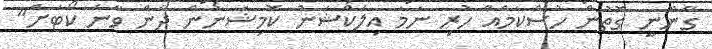
ގާނޫނީ ގޮތުން ހުސްކަމެއް ހުރި ނަމަ އިލެކްޝަން ކޮމިޝަނުން ދާން ވާނެ ކޯޓަށް"